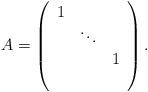
LaTeX: \begin{align*}A=\left(\begin{array}{ccc}1& &\\&\ddots& \\&&1\\&&\end{array}\right).\end{align*}